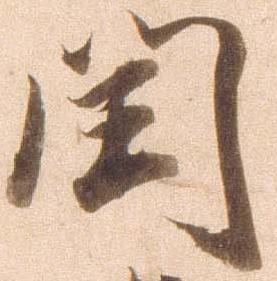
閏